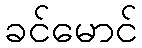
ခင်မောင်